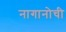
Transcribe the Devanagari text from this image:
नागानोची